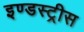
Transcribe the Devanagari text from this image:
इण्डस्ट्रीस